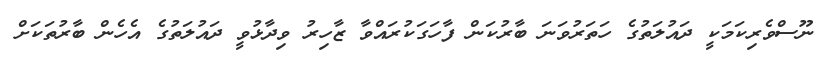
ނޫސްވެރިކަމަކީ ދައުލަތުގެ ހަތަރުވަނަ ބާރުކަން ފާހަގަކުރައްވާ ޒާހިރު ވިދާޅުވީ ދައުލަތުގެ އެހެން ބާރުތަކަށް